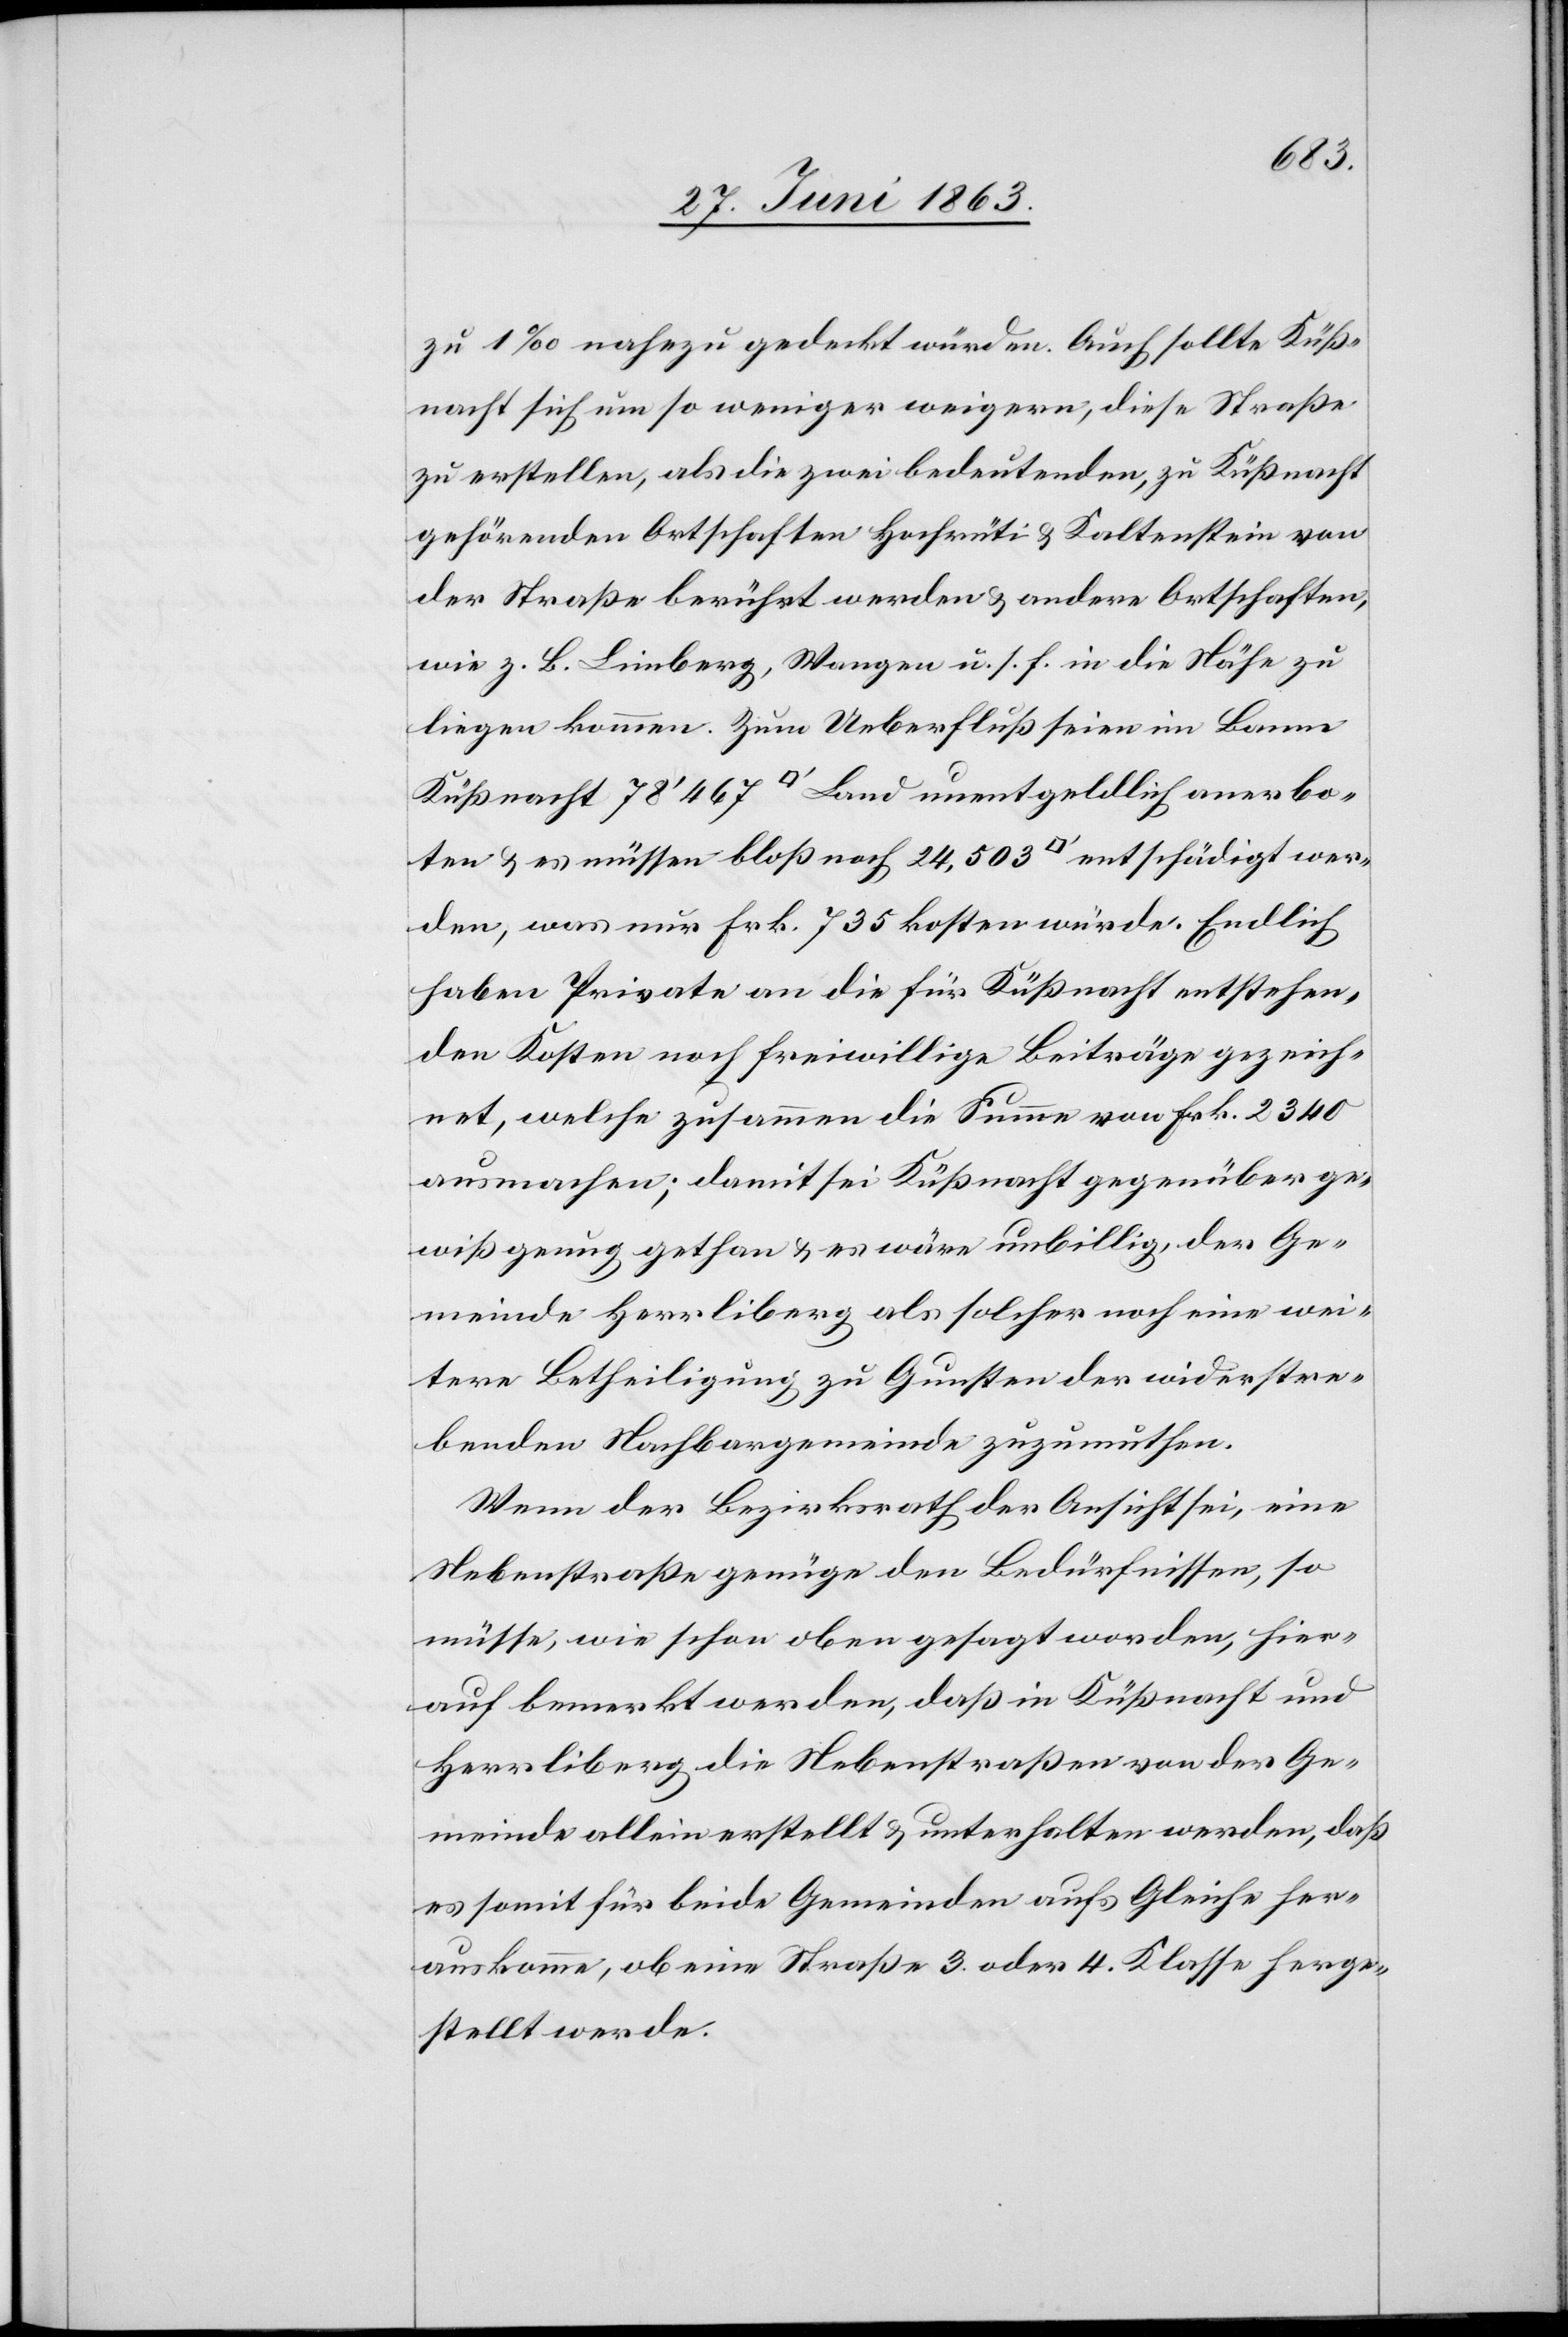
zu 1‰ nahezu gedeckt würden. Auch sollte Küß¬
nacht sich um so weniger weigern, diese Straße
zu erstellen, als die zwei bedeutenden, zu Küßnacht
gehörenden Ortschaften Hochrüti & Kaltenstein von
der Straße berührt werden & andere Ortschaften,
wie z. B. Limberg, Wangen u. s. f. in die Nähe zu
liegen kommen. Zum Ueberfluß seien im Banne
Küßnacht 78'467 [Quadratfuss] Land unentgeldlich anerbo¬
ten & es müssen bloß noch 24,503 [Quadratfuss] entschädigt wer¬
den, was nur Frk. 735 kosten würde. Endlich
haben Private an die für Küßnacht entstehen¬
den Kosten noch freiwillige Beiträge gezeich¬
net, welche zusammen die Summe von Frk. 2340
ausmachen; damit sei Küßnacht gegenüber ge¬
wiß genug gethan & es wäre unbillig, der Ge¬
meinde Herrliberg als solcher noch eine wei¬
tere Betheiligung zu Gunsten der widerstre¬
benden Nachbargemeinde zuzumuthen.
Wenn der Bezirksrath der Ansicht sei, eine
Nebenstraße genüge den Bedürfnissen, so
müsse, wie schon oben gesagt worden, hier¬
auf bemerkt werden, daß in Küßnacht und
Herrliberg die Nebenstraßen von der Ge¬
meinde allein erstellt & unterhalten werden, daß
es somit für beide Gemeinden aufs Gleiche her¬
auskomme, ob eine Straße 3. oder 4. Klasse herge¬
stellt werde.